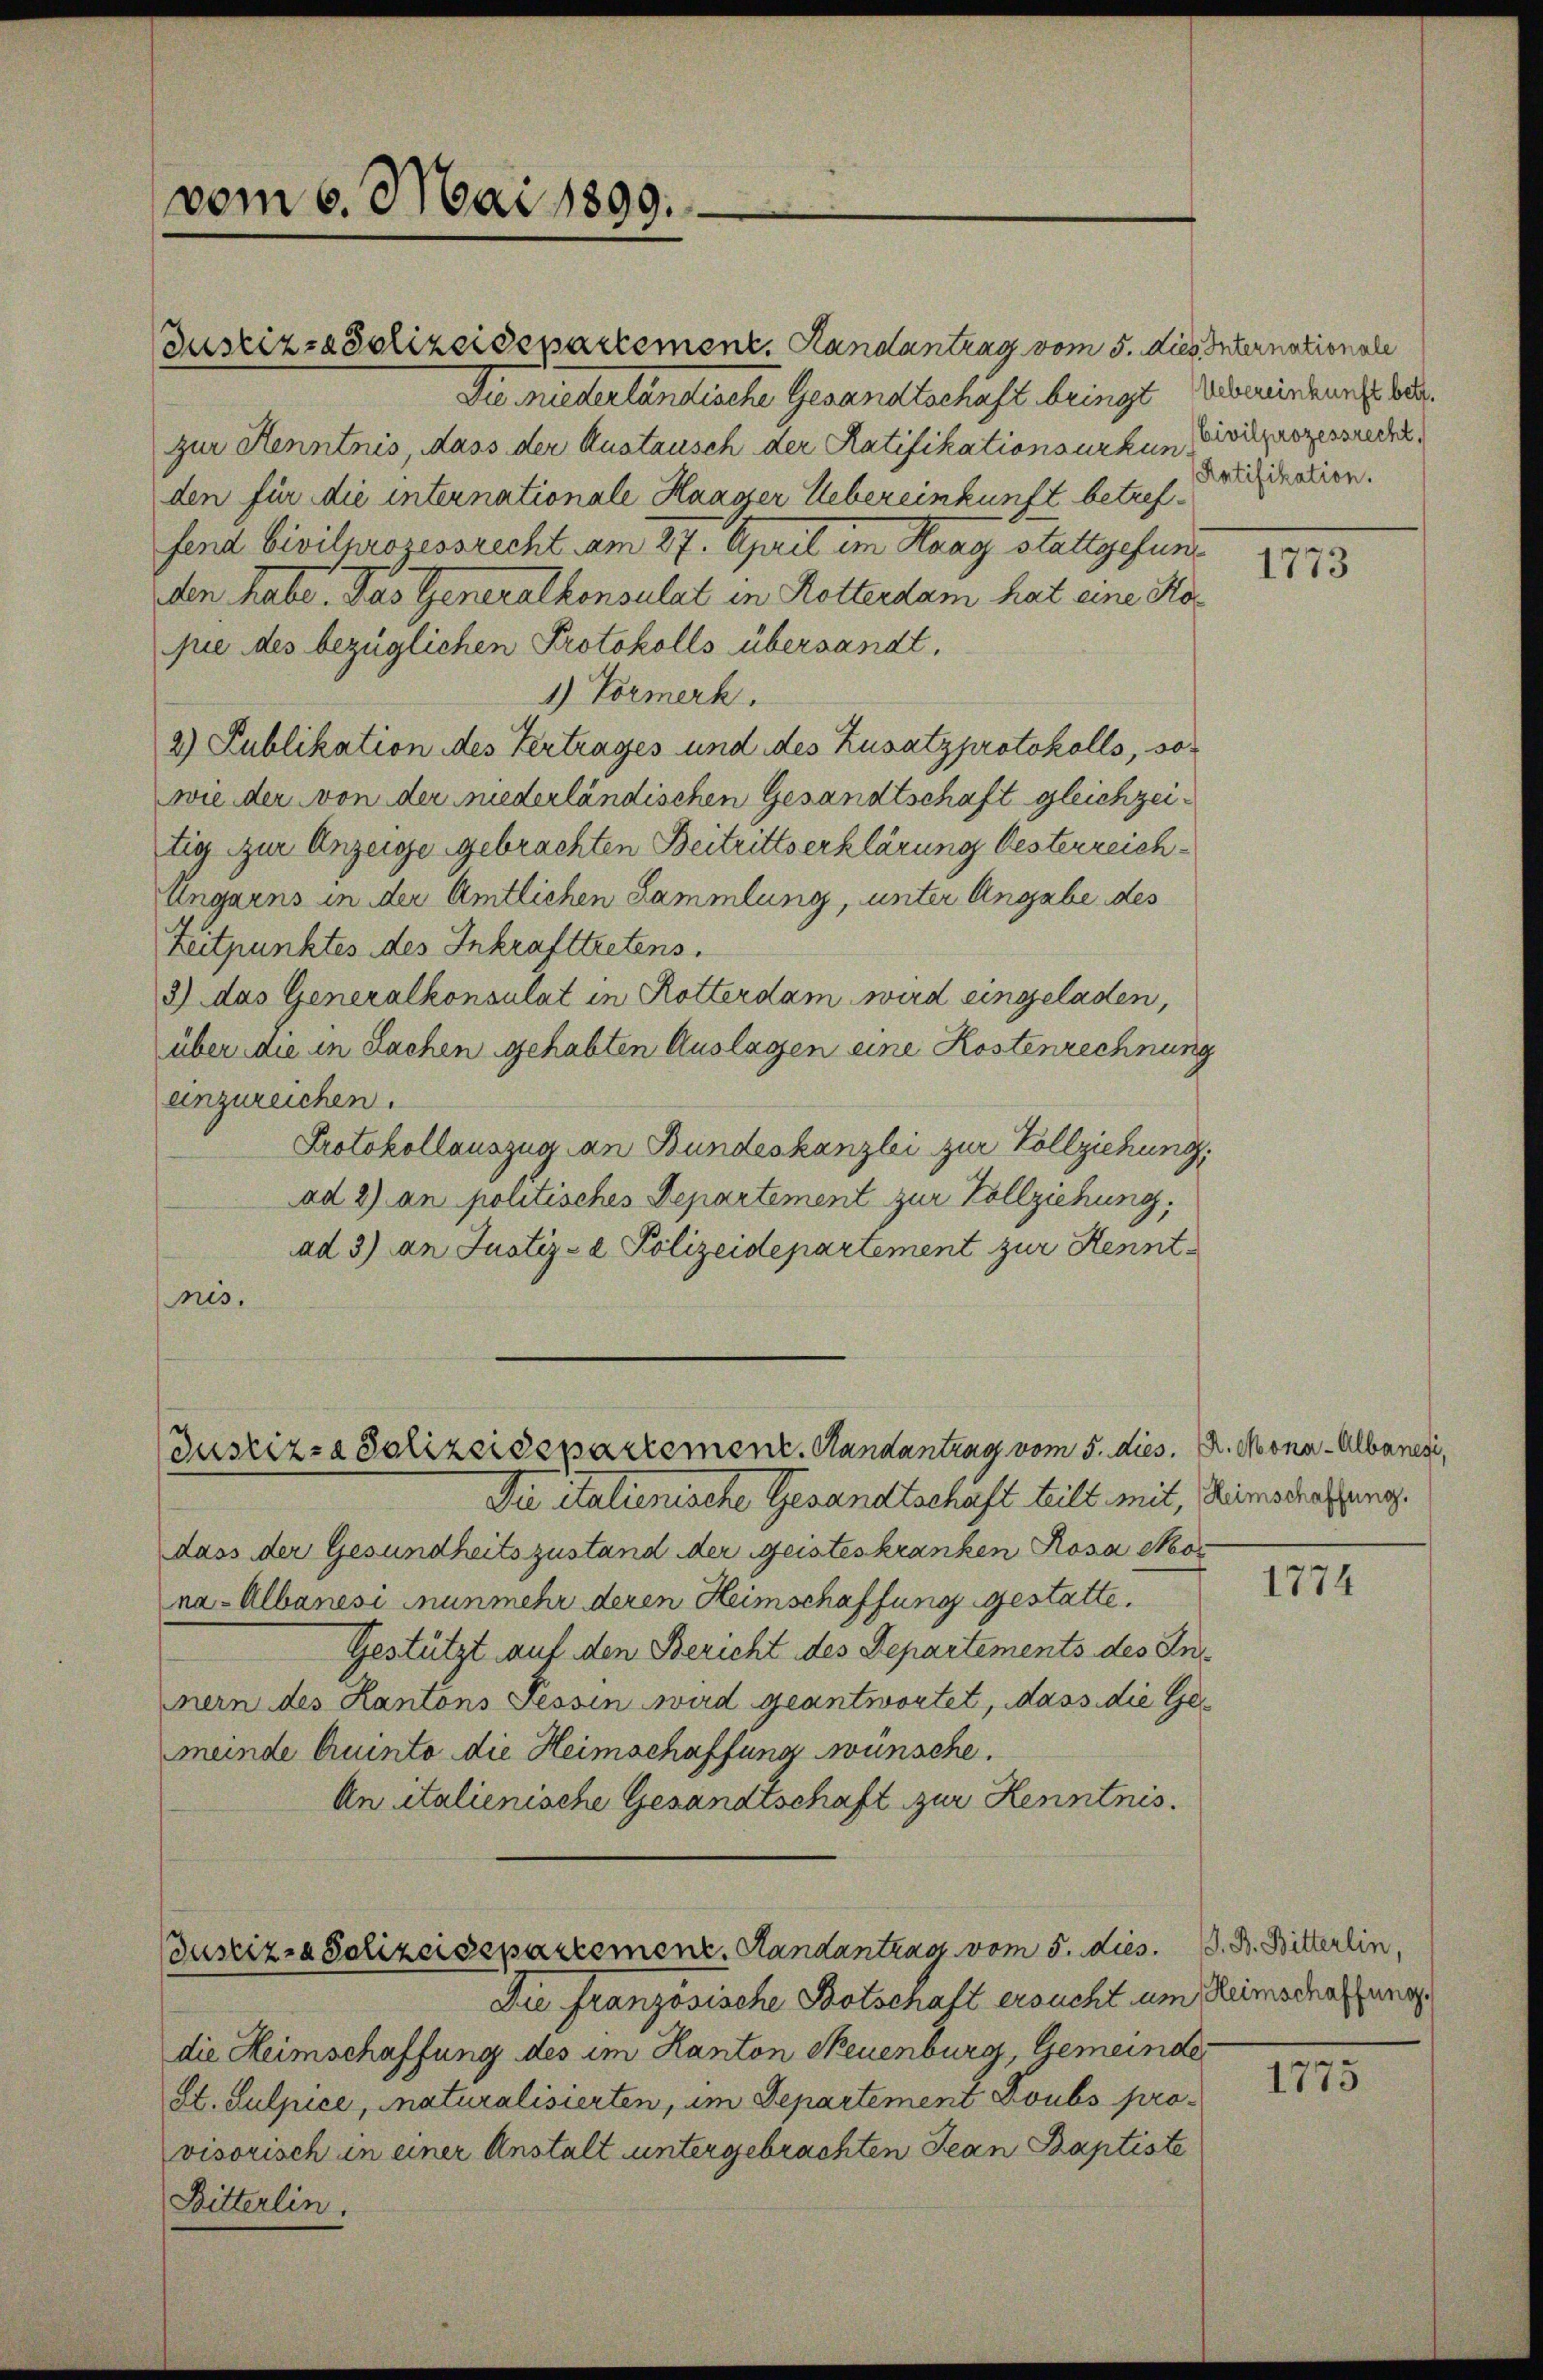
vom 6. Mai 1899.

Justiz- & Polizeidepartement. Handantrag vom 5. dies Internationale
Die niederländische Gesandtschaft bringt Uebereinkung bezur Kenntnis, Mass der Austausch der Ratifikationsurkung (vilprozessrec
den für die internationale Haager Uebereinkunft betreffend bivilprozessrecht am 27. April im Haag stattgefunden habe. Das Generalkonsulat in Rotterdam hat eine Kapie des bezüglichen Protokolls übersandt.
1.) Vormerk
2) Publikation des Vertrages und des Zusatzprotokolls, sowie der von der niederländischen Gesandtschaft gleichzeitig zur Anzeige gebrachten Beitrittserklärung Oesterreich¬
Ungarns in der Amtlichen Sammlung, unter Angabe des
Zeitpunktes des Inkrafttretens.
3) das Generalkonsulat in Rotterdam wird eingeladen,
über die in Sachen gehabten Auslagen eine Kostenrechnung
anzureichen.
Protokollauszug an Bundeskanzlei zur Vollziehung,
ad 2) an politisches Departement zur Vollziehung,
ad 3) an Justiz- & Polizeidepartement zur Kenntnis.

Justiz- & Polizeidepartement. Handantrag vom 5. dies. Dr. Mona-Albanesi,

Die italienische Gesandtschaft teilt mit, Heimschaffung.
dass der Gesundheitszustand der Geisteskranken Rosa Moos
na-Albanesi nunmehr deren Heimschaffung gestatte.
Gestützt auf den Bericht des Departements des Innern des Kantons Tessin wird geantwortet, dass die Gemeinde Quinto die Heimschaffung wünsche.
An italienische Gesandtschaft zur Kenntnis.
ustiz- & Polizeisepartement. Handantrag vom 5. dies. S. B. Bitterlin.
Die Französische Botschaft ersucht um Reimschaffung
die Heimschaffung des im Kanton Neuenburg, Gemeinder
St. Sulpice, naturalisierten, im Departement Doubs provisorisch in einer Anstalt untergebrachten Jean Baptiste
Bitterlin.

Ratifikation.

1773

1774

III